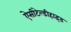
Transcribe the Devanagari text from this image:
ऐसीटेल्डीहाइड